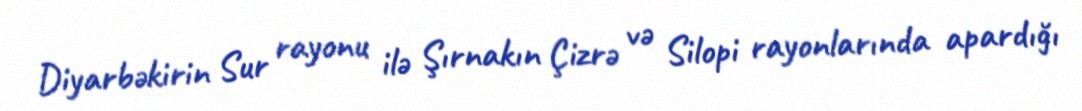
Diyarbəkirin Sur rayonu ilə Şırnakın Çizrə və Silopi rayonlarında apardığı